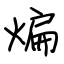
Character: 煸